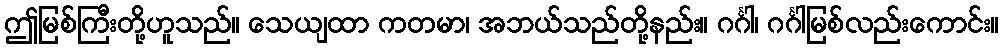
ဤမြစ်ကြီးတို့ဟူသည်။ သေယျထာ ကတမာ၊ အဘယ်သည်တို့နည်း။ ဂင်္ဂါ၊ ဂင်္ဂါမြစ်လည်းကောင်း။